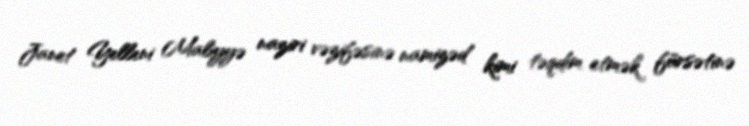
Janet Yelleni Maliyyə naziri vəzifəsinə namizəd kimi təqdim etmək fürsətinə